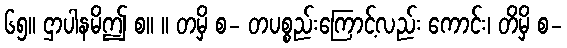
၆၅။ ဌာပါနမိဤ စ။ ။ တမှိ စ- တပစ္စည်းကြောင့်လည်း ကောင်း၊ တိမှိ စ-